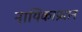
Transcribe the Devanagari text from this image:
नायिकाप्रधान